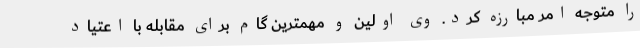
را متوجه امر مبارزه کرد. وی اولین و مهمترین گام برای مقابله با اعتیاد